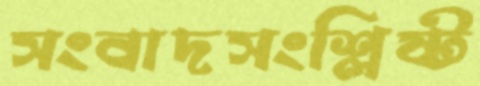
সংবাদসংশ্লিষ্ট